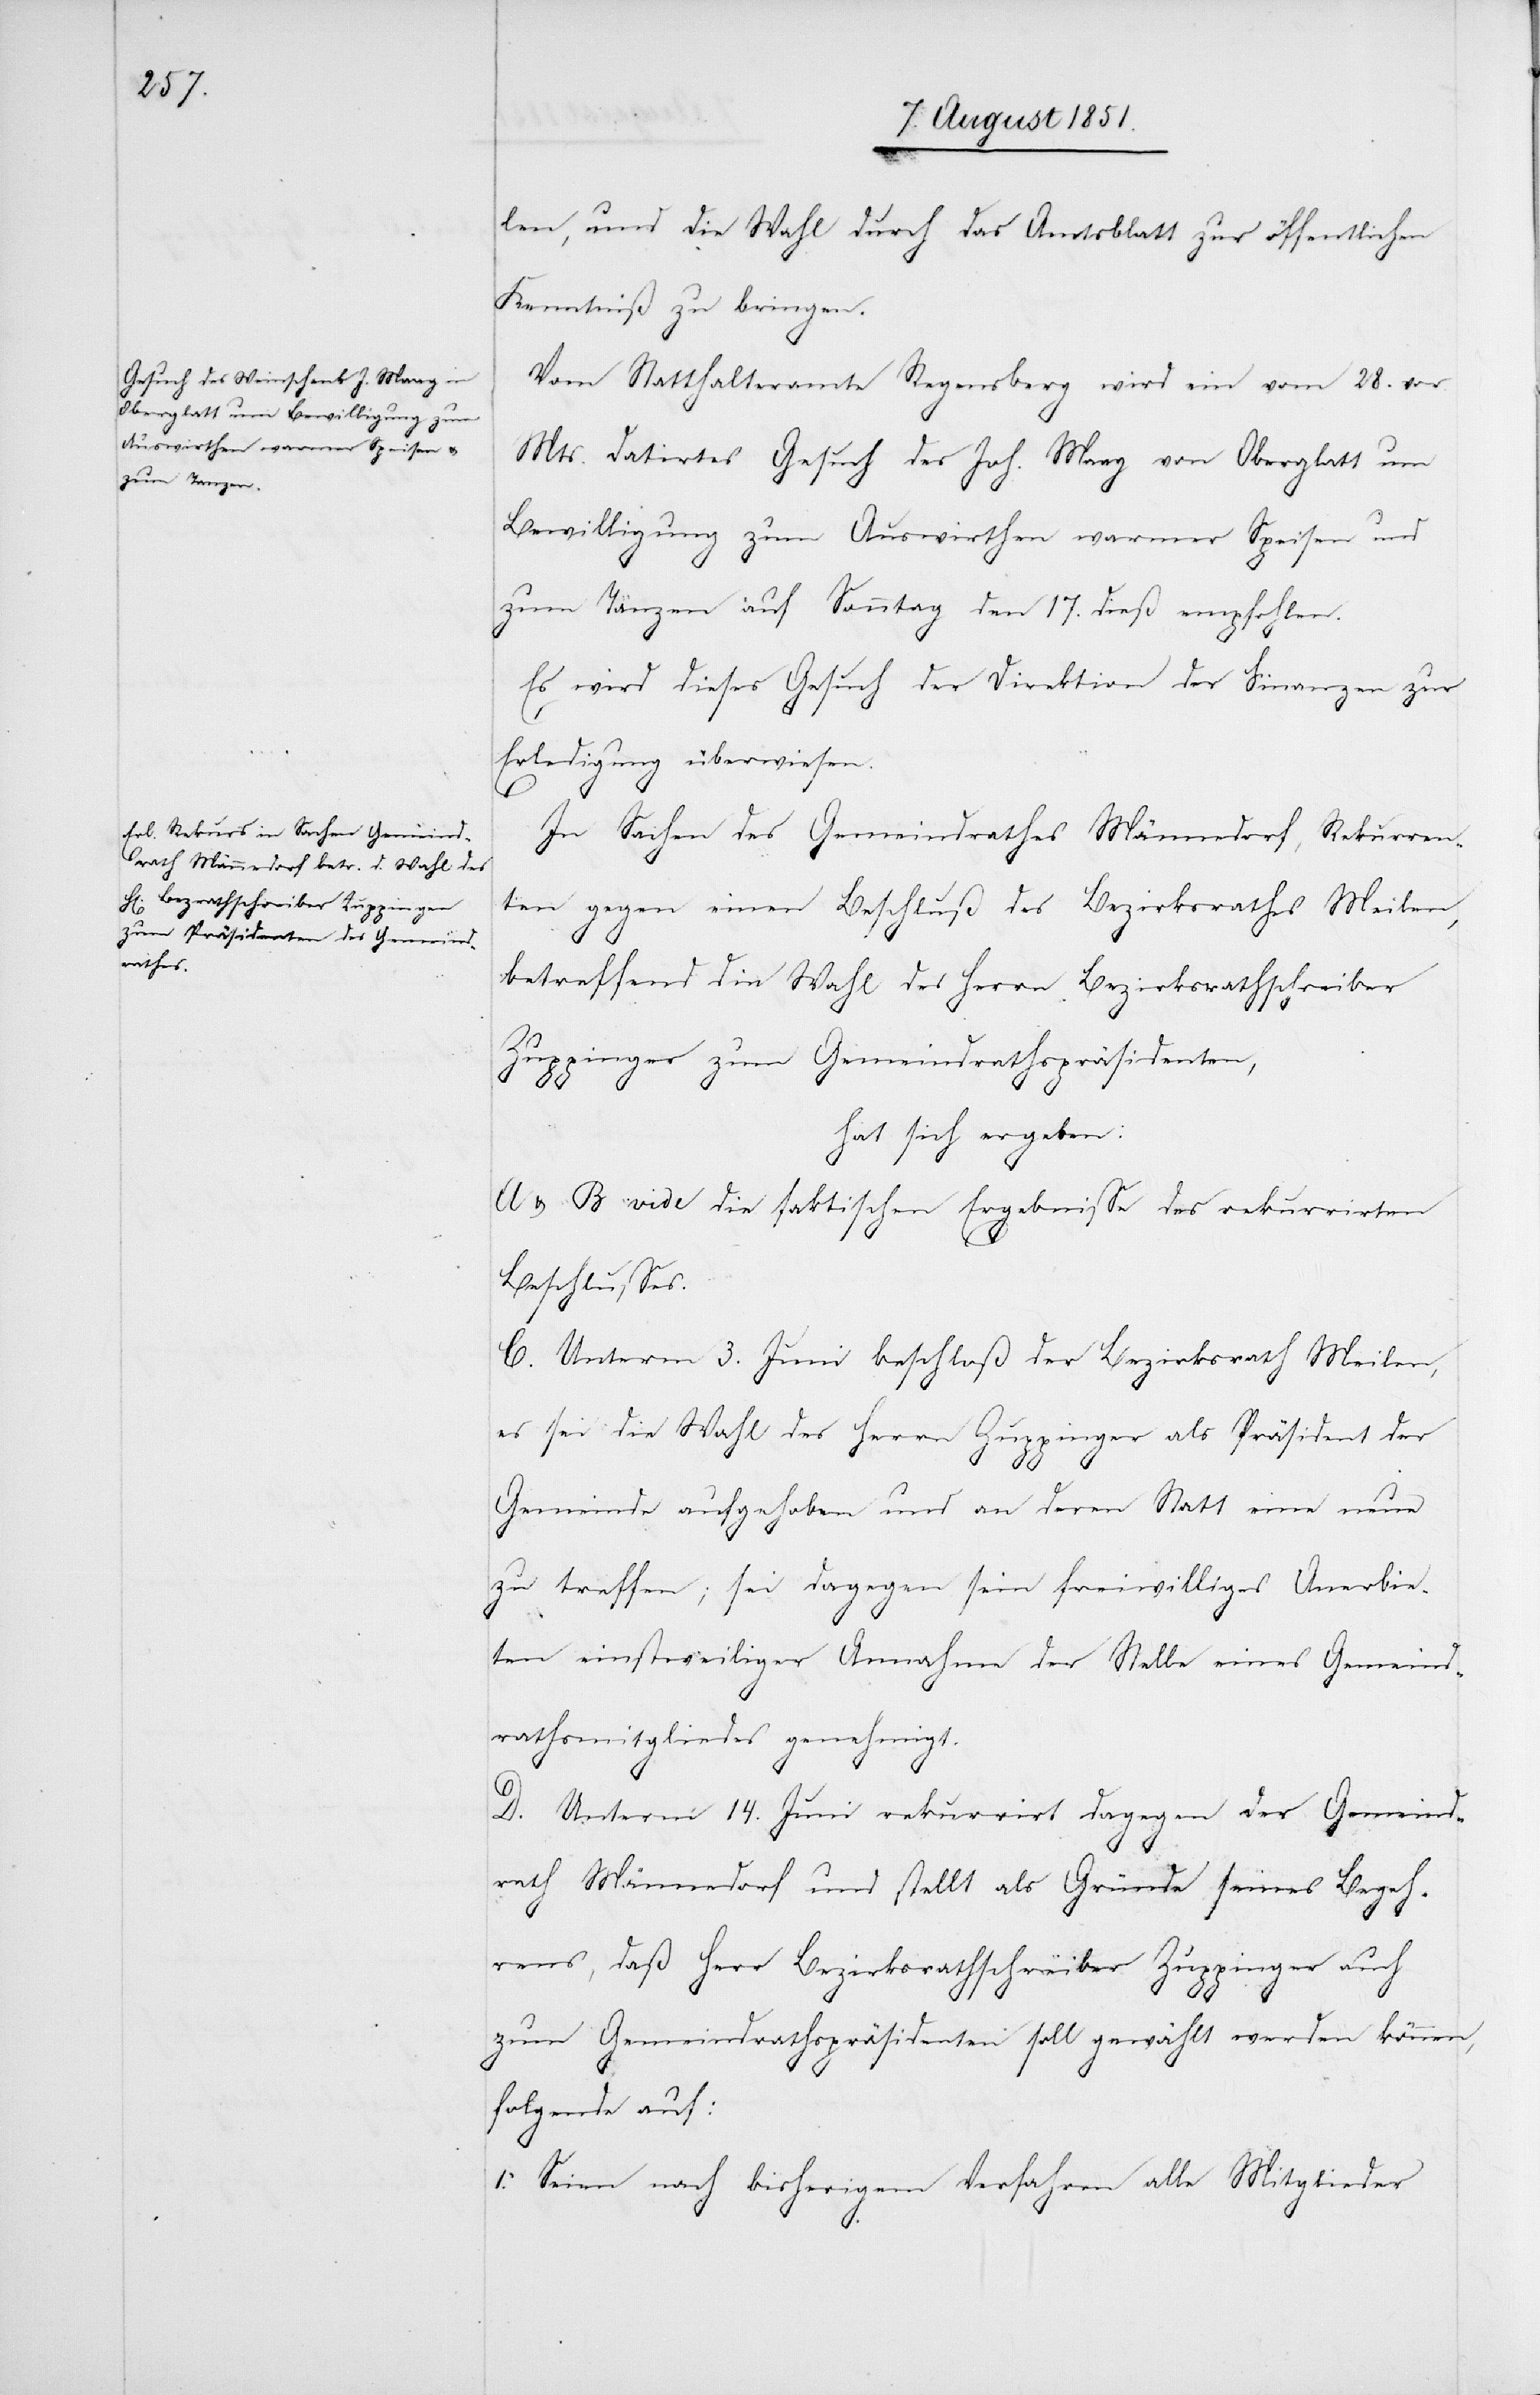
len, und die Wahl durch das Amtsblatt zur öffentlichen
Kenntniß zu bringen.
Vom Statthalteramte Regensberg wird ein vom 28. vor.
Mts. datirtes Gesuch des Joh. Maag von Oberglatt um
Bewilligung zum Auswirthen warmer Speisen und
zum Tanzen auf Sonntag den 17. dieß empfohlen.
Es wird dieses Gesuch der Direktion der Finanzen zur
Erledigung überwiesen.
In Sachen des Gemeindrathes Männedorf, Rekurren¬
ten gegen einen Beschluß des Bezirksrathes Meilen,
betreffend die Wahl des Herrn Bezirksrathschreiber
Zuppinger zum Gemeindrathspräsidenten,
hat sich ergeben:
A & B vide die faktischen Ergebnisse des rekurrirten
Beschlusses.
C. Unterm 3. Juni beschloß der Bezirksrath Meilen,
es sei die Wahl des Herrn Zuppinger als Präsident der
Gemeinde aufgehoben und an deren Statt eine neue
zu treffen; sei dagegen sein freiwilliges Anerbie¬
ten einstweiliger Annahme der Stelle eines Gemeind¬
rathsmitgliedes genehmigt.
1.
D. Unterm 14. Juni rekurrirt dagegen der Gemeind¬
rath Männedorf und stellt als Gründe seines Begeh¬
rens, daß Herr Bezirksrathschreiber Zuppinger auch
zum Gemeindrathspräsidenten soll gewählt werden können,
folgende auf:
Seien nach bisherigem Verfahren alle Mitglieder